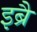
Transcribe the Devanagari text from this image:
इब्रै